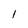
Character: l